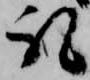
礼